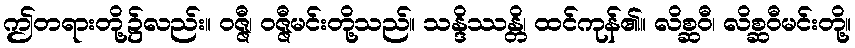
ဤတရားတို့၌လည်း။ ဝဇ္ဇီ၊ ဝဇ္ဇီမင်းတို့သည်။ သန္ဒိဿန္တိ၊ ထင်ကုန်၏။ လိစ္ဆဝီ၊ လိစ္ဆဝီမင်းတို့။